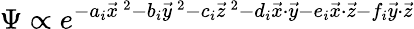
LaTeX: \Psi\propto e^{-a_{i}\vec{x}^{\, 2}-b_{i}\vec{y}^{\, 2}-c_{i}\vec{z}^{\, 2}-d_{i}\vec{x}\cdot\vec{y}-e_{i}\vec{x}\cdot\vec{z}-f_{i}\vec{y}\cdot\vec{z}}